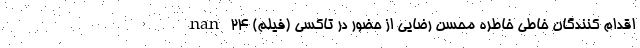
اقدام کنندگان خاطی خاطره محسن رضایی از حضور در تاکسی (فیلم) nan 24